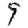
Digit: 9